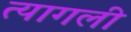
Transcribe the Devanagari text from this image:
त्यागली